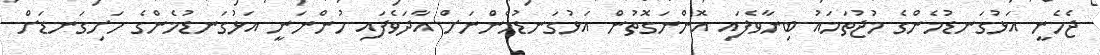
ޖެހެނީ އަޅުގަނޑުމެންގެ މުޖުތަމައު ބިނާވެފައި އޮންނަގޮތުން އަޅުގަނޑުމެންނަށް އާދަވެފައި ހުންނަނީ އަޅުގަނޑުމެންގެ ހަށިގަނޑަށް